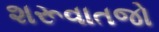
શરૂવાતજો